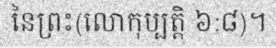
នៃព្រះ(លោកុប្បត្តិ ៦:៨)។